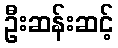
ဦးဆန်းဆင့်